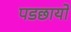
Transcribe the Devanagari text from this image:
पडछायो